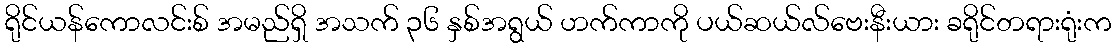
ရိုင်ယန်ကောလင်းစ် အမည်ရှိ အသက် ၃၆ နှစ်အရွယ် ဟက်ကာကို ပယ်ဆယ်လ်ဗေးနီးယား ခရိုင်တရားရုံးက